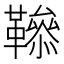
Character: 𩍑